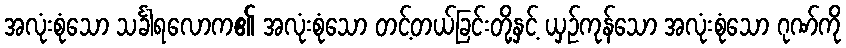
အလုံးစုံသော သင်္ခါရလောက၏ အလုံးစုံသော တင့်တယ်ခြင်းတို့နှင့် ယှဉ်ကုန်သော အလုံးစုံသော ဂုဏ်ကို